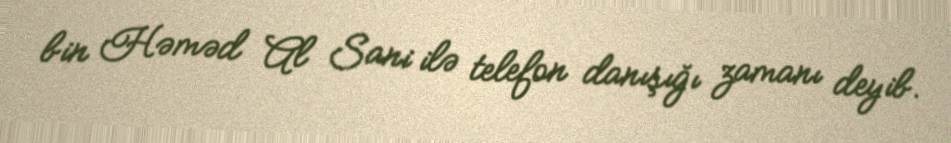
bin Həməd Al Sani ilə telefon danışığı zamanı deyib.